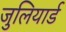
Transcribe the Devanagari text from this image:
जुलियार्ड